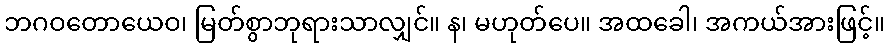
ဘဂဝတောယေဝ၊ မြတ်စွာဘုရားသာလျှင်။ န၊ မဟုတ်ပေ။ အထခေါ၊ အကယ်အားဖြင့်။